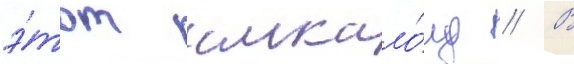
э́тот алкало́ид // В